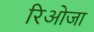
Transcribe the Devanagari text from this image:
रिओजा